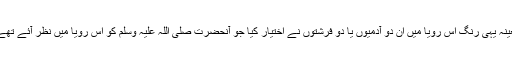
بعینہ ٖیہی رنگ اس رؤیا میں ان دو آدمیوں یا دو فرشتوں نے اختیار کیا جو آنحضرت صلی اللہ علیہ وسلم کو اس رؤیا میں نظر آئے تھے۔